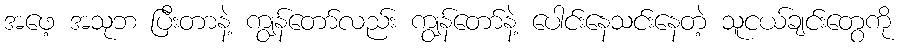
အဖေ့ အသုဘ ပြီးတာနဲ့ ကျွန်တော်လည်း ကျွန်တော်နဲ့ ပေါင်းနေသင်းနေတဲ့ သူငယ်ချင်းတွေကို